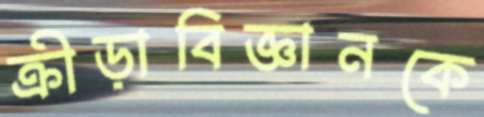
ক্রীড়াবিজ্ঞানকে